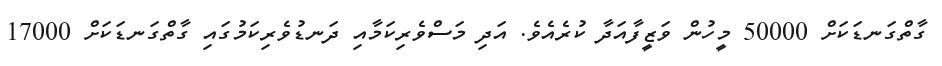
ގާތްގަނޑަކަށް 50000 މީހުން ވަޒީފާއަދާ ކުރެއެވެ. އަދި މަސްވެރިކަމާއި ދަނޑުވެރިކަމުގައި ގާތްގަނޑަކަށް 17000